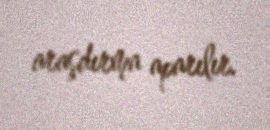
araşdırma aparılır.